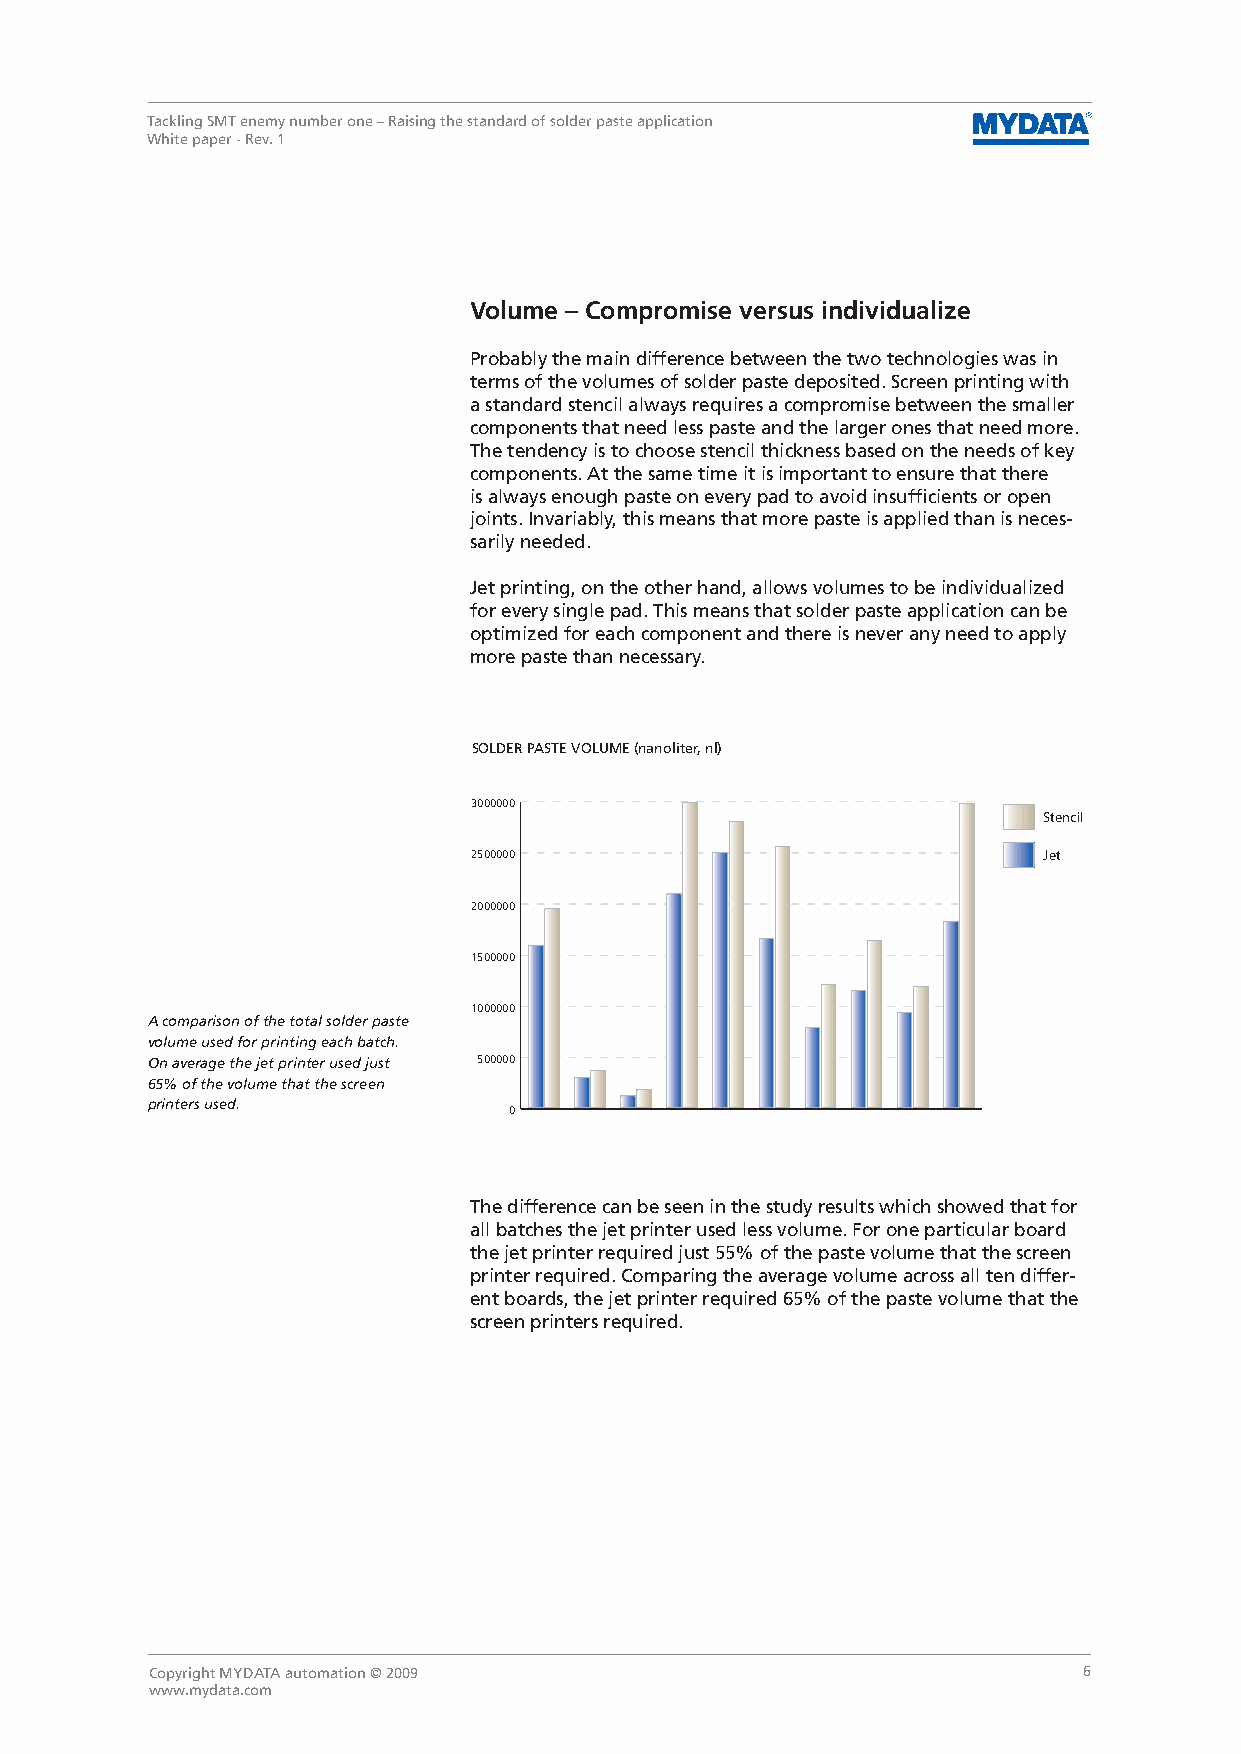
Tackling SMT enemy number one – Raising the standard of solder paste application
 White paper - Rev. 1
 Volume – Compromise versus individualize
 Probably the main difference between the two technologies was in
 terms of the volumes of solder paste deposited. Screen printing with
 a standard stencil always requires a compromise between the smaller
 components that need less paste and the larger ones that need more.
 The tendency is to choose stencil thickness based on the needs of key
 components. At the same time it is important to ensure that there
 is always enough paste on every pad to avoid insufficients or open
 joints. Invariably, this means that more paste is applied than is neces-
 sarily needed.
 Jet printing, on the other hand, allows volumes to be individualized
 for every single pad. This means that solder paste application can be
 optimized for each component and there is never any need to apply
 more paste than necessary.
 SOLDER PASTE VOLUME (nanoliter, nl)
 3000000
 Stencil
 2500000                               Jet
 2000000
 1500000
 1000000
 A comparison of the total solder paste
 volume used for printing each batch.
 On average the jet printer used just 500000
 65% of the volume that the screen
 printers used.
 0
 The difference can be seen in the study results which showed that for
 all batches the jet printer used less volume. For one particular board
 the jet printer required just 55% of the paste volume that the screen
 printer required. Comparing the average volume across all ten differ-
 ent boards, the jet printer required 65% of the paste volume that the
 screen printers required.
 Copyright MYDATA automation © 2009                            6
 www.mydata.com